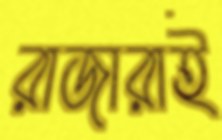
রাজারাই